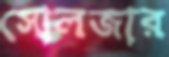
সোলজার